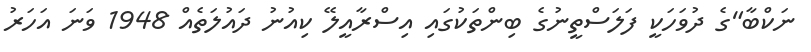
ނަކްބާ"ގެ ދުވަހަކީ ފަލަސްތީނުގެ ބިންތަކުގައި އިސްރާއީލޭ ކިއުނު ދައުލަތެއް 1948 ވަނަ އަހަރު